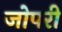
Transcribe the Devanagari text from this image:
जोपरी